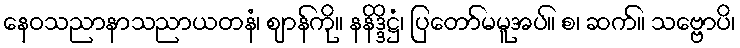
နေဝသညာနာသညာယတနံ၊ ဈာန်ကို။ နနိဒ္ဒိဋ္ဌံ၊ ပြတော်မမူအပ်။ စ၊ ဆက်။ သဗ္ဗောပိ၊